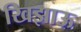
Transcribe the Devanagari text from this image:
खिझाऊ